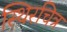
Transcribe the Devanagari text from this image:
स्थिरचित्र